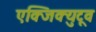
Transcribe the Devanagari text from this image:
एक्जिक्युटूव